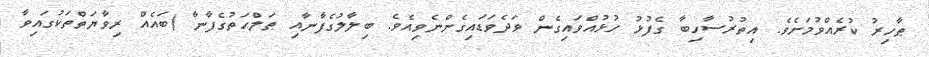
ޠާހިރު ކުރެއްވުމަށެވެ. އިތުރުސާހިބާ ގެފުޅު ހުޅުއްވައިގެން ވަދެވަޑައިގެންނެވިއެވެ. ބިލާލުގެފާނާއި ޠަލްޙަތުގެފާނާ (ބައެއް ރިވާޔަތްތަކުގައިވާ